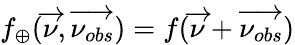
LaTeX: f_{\oplus}(\overrightarrow{\nu},\overrightarrow{\nu_{obs}})=f(\overrightarrow{\nu}+\overrightarrow{\nu_{obs}})